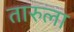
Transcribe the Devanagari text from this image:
तारुला